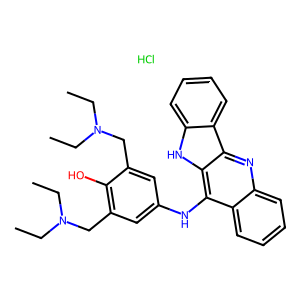
SMILES: CCN(CC)Cc1cc(Nc2c3ccccc3nc3c2[nH]c2ccccc23)cc(CN(CC)CC)c1O.Cl
Inhibits HIV replication: No